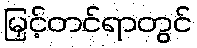
မြှင့်တင်ရာတွင်